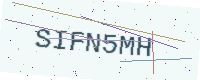
Text: SIFN5MH